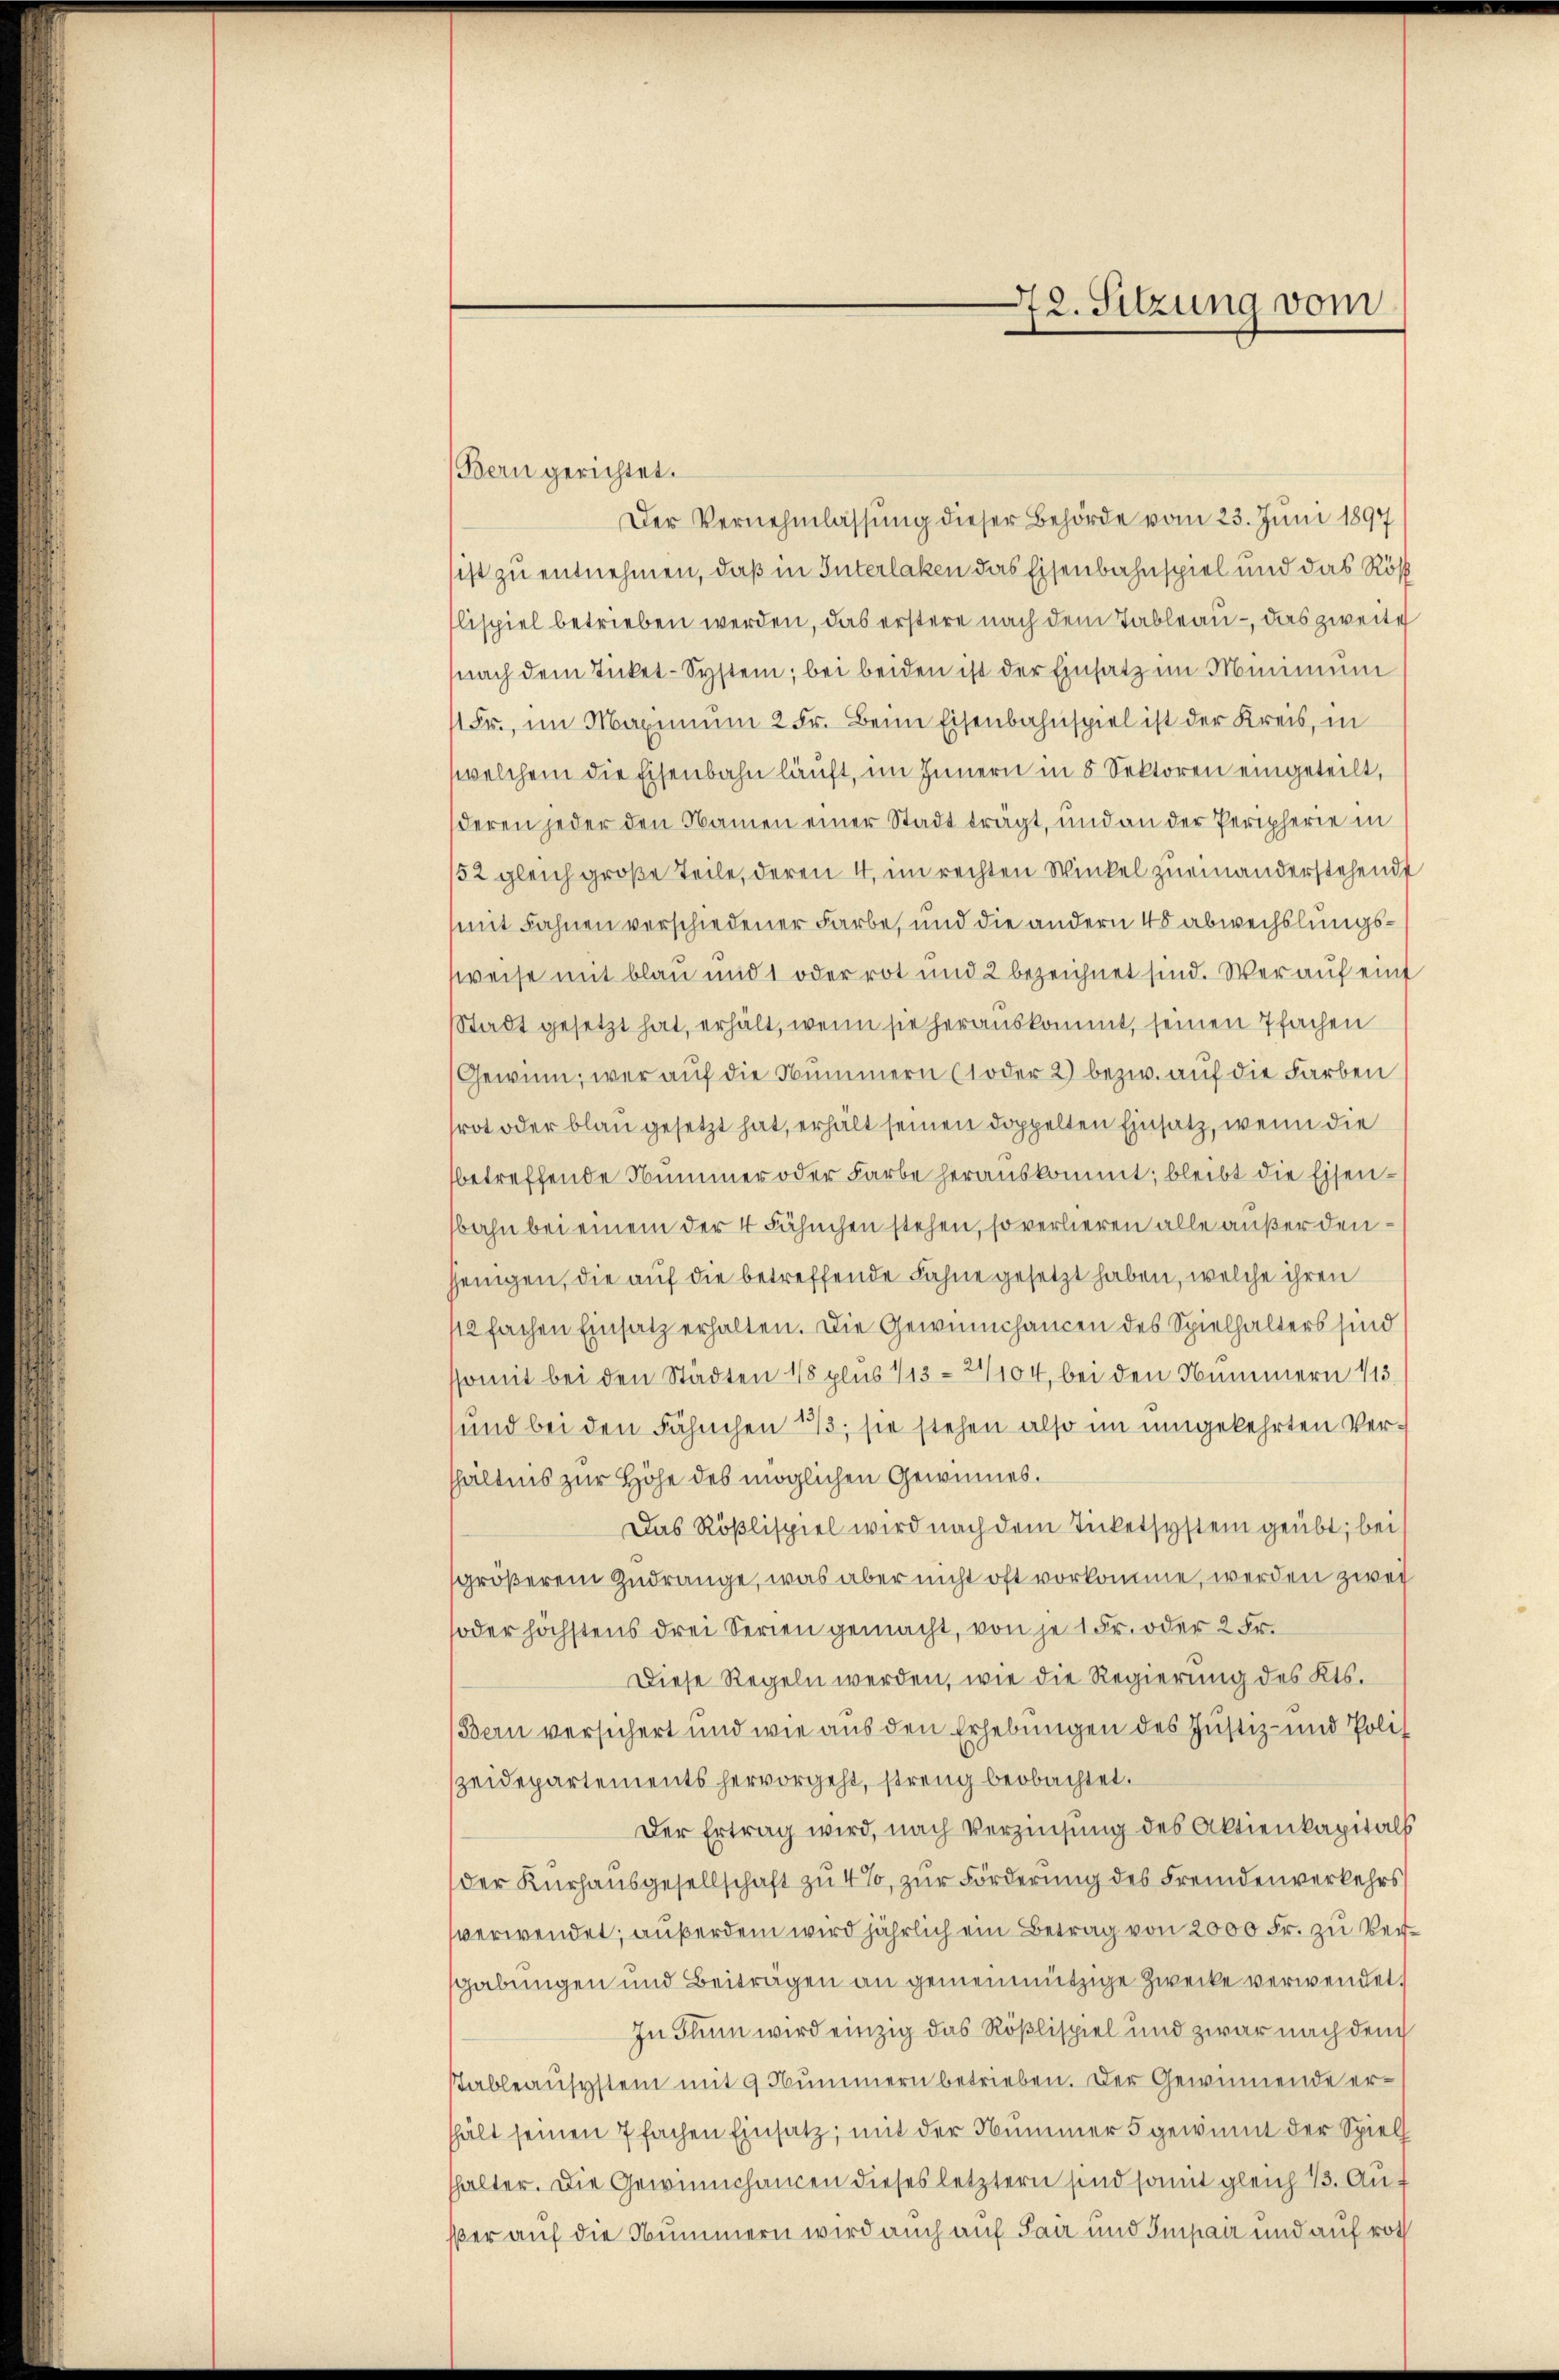
Bern gerichtet.
Der Vernehmlassung dieser Behörde vom 23. Juni 1897
ist zu entnehmen, daß in Interlaken das Eisenbahnspiel und das Rös
lispiel betrieben werden, das erstere nach dem Tableau - das zweite
nach dem Tickel-System, bei beiden ist der Einsatz im Minimum
1 Fr., im Maximum 2 Fr. Beim Eisenbahnspiel ist der Kreis, in
welchem die Eisenbahn läuft, im Innern in 5 Sektoren eingeteilt,
deren jeder den Namen einer Stadt trägt, und an der Peripherie in
52 gleich große Teile, deren 4, im rechten Winkel zueinanderstehende
mit Fahnen verschiedener Farbe, und die andern 45 abwechslungssweise mit blau und 1 oder rot und 2 bezeichnet sind. Wer auf eint
Stadt gesetzt hat, erhält, wenn sie herauskommt, seinen Pfachen
Gewinn, wer auf die Nummern (1 oder 2) bezw. auf die Farben
rot oder blau gesetzt hat, erhält seinen doppelten Einsatz, wenn die
betreffende Nummer oder Farbe herauskommt, bleibt die Eisenbahn bei einem der 4 Fähnchen stehen, so verlieren alle außer denjenigen, die auf die betreffende Fahne gesetzt haben, welche ihren
112fachen Einsatz erhalten. Die Gewünschancen des Spielhalters sind
ssomit bei den Städten 48 plus 113 = 27/104, bei den Nummern 113
und bei den Fähnchen 113, sie stehen also im umgekehrten Verhhältnis zur Höhe des möglichen Gewinnes.
Das Rößlispiel wird nach dem Ticketsystem geübt; bei
größerem Zudränge, was aber nicht oft vorkomme, werden zwey
oder höchstens drei Serien gemacht, von je 1 Fr. oder 2 Fr.
Diese Regeln werden, wie die Regierung des Kts.
Bern versichert und wie aus den Erhebungen des Justiz- und Polit
zeidepartements hervorgeht, streng beobachtet.
Der Ertrag wird, nach Verzinsung des Aktienkapitals
der Kurhaŭsgesellschaft zu 4%, zŭr Förderung des Fremdenverkehrs
verwendet; außerdem wird jährlich ein Betrag von 2000 Fr. zu Vergabungen und Beiträgen an gemeinnützige Zwecke verwendet.
In Thun wird einzig das Rößlispiel und zwar nach dem
sableausystem mit 9 Nummern betrieben. Der Gewinnende erhält seinen 7 fachen Einsatz, mit der Nummer 5 gewinnt der Spiell
shalter. Die Gewinnchancen dieses letztern sind somit gleich 13. Außer auf die Nummern wird auch auf Sair und Impair und auf roth

72. Sitzung vom